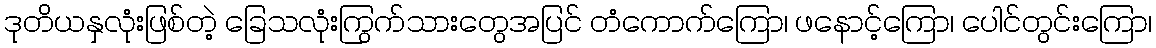
ဒုတိယနှလုံးဖြစ်တဲ့ ခြေသလုံးကြွက်သားတွေအပြင် တံကောက်ကြော၊ ဖနောင့်ကြော၊ ပေါင်တွင်းကြော၊